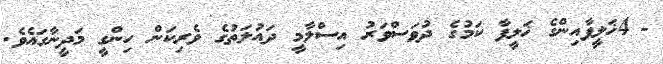
- 4ޚަލީފާއިންގެ ޚަލީފާ ކަމުގެ ދުވަސްވަރު އިސްލާމީ ދައުލަތުގެ ވެރިކަން ހިންގީ މަދީނާގައެވެ.